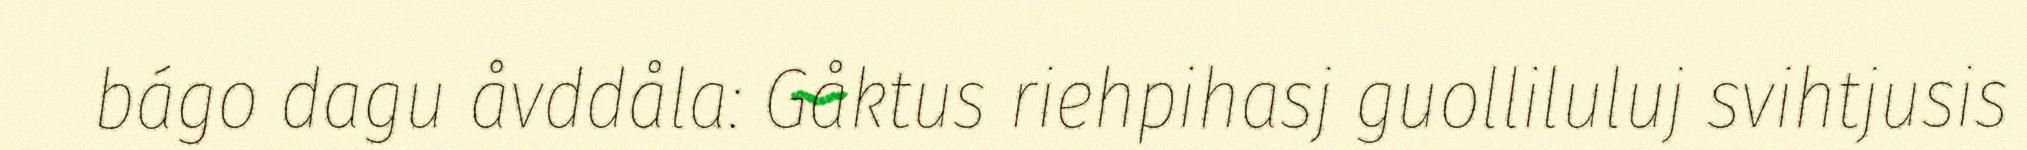
bágo dagu åvddåla: Gåktus riehpihasj guolliluluj svihtjusis